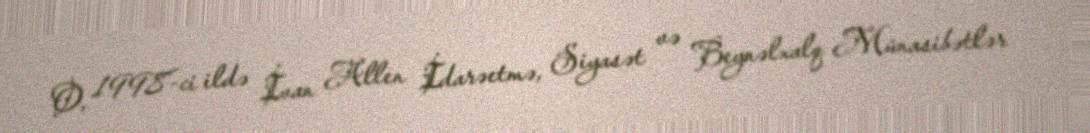
O, 1998-ci ildə İvan Allen İdarəetmə, Siyasət və Beynəlxalq Münasibətlər